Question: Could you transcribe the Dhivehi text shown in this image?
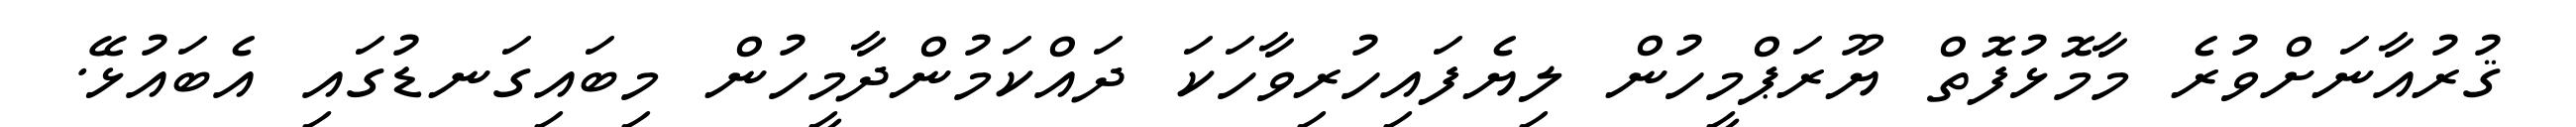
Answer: ޤުރުއާނަށްވުރެ މާމޮޅުފޮތް ޔޫރަޕްމީހުން ލިޔެފައިހުރިވާހަކަ ދައްކަމުންދާމީހުން މިބައިގަނޑުގައި އެބައުޅޭ.